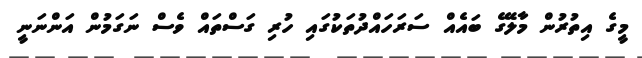
މީގެ އިތުރުން މާލޭގެ ބައެއް ސަރަހައްދުތަކުގައި ހުރި ގަސްތައް ވެސް ނަގަމުން އަންނަނީ